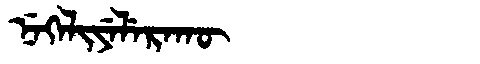
Manchu: ᠨᡝᡴᡝᠯᡳᠶᡝᠯᡝᡵᠠᡴᡡ
Romanization: NEKELIYELERAKŪ